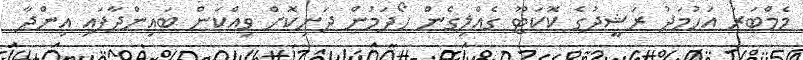
މެމްބަރު އަހުމަދު ރަޝީދުގެ ކޮކަޓޫ ގެއްލިގެން ހޯދަމުން ދަނިކޮށް ވިއްކަން ބައިންދާފައި އިންދާ